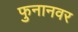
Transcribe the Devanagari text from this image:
फुनानवर